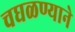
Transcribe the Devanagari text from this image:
चघळण्याने